Plague in India, 1896, 1897 - Volume 2
Year: 1896
Disease focus: Plague
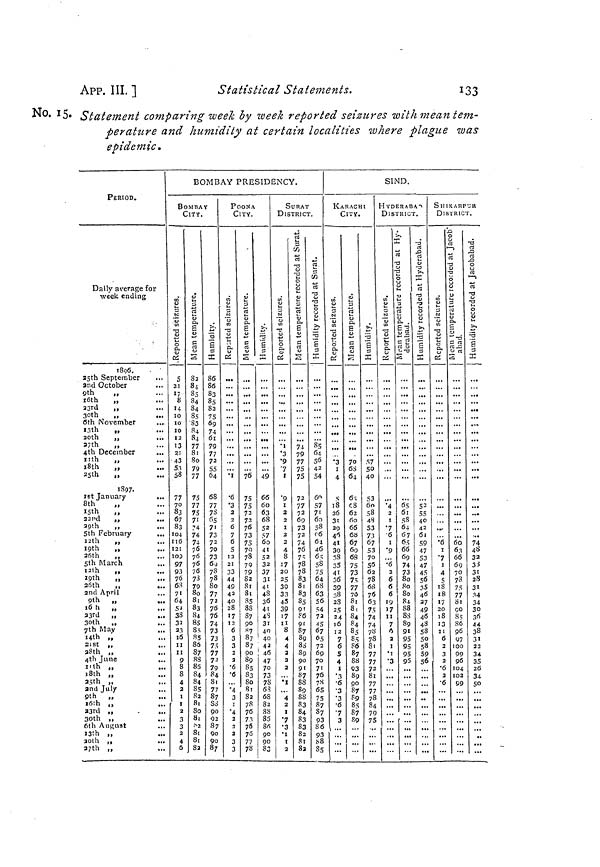
App. III. ]
Statistical Statements,
133
No. 15. Statement comparing week by week reported seizures with mean tem-
perature and humidity at certain localities where plague was
epidemic.
PERIOD.
Daily average for
week ending
1896.
25th September
•••
2nd October
i6th
„
23rd
,,
30th
„
...
6th November
13th
„
...
20th
„
27th
„
4th December
11h „
i8th
„
25th
„
1897.
ist January
...
8th
„
I5th
,,
22nd
,,
29th
,,
...
5th February
...
i2th
„
19th „
26th
„
5th March
I2th
,,
19th
„
26th
,,
2nd April
9th „
16th „
23 r d ,)
...
3oth ,,
7th May
...
14th ,',
2ist ,,
...
28th „
4th June
...
ilth „
18th „
25th „
2nd July
9th „
16th „
23rd „
30th ,,
6th August
1 3th ,',
20th
M
27th ,,
BOMBAY PRESIDENCY.
BOMBAY
CITY.
s
21
8
14
IO
IO
10
12
13
2i
43
53
58
77
70
83
67
83
104
116
121
109
97
93
7o
63
71
64
54
38
33
2.3
16
II
II
9
8
8
4
2
!
I
2
3
3
2
4
6
82
84
84
84
85
83
84
84
77
81
8o
79
77
75
77
75
71
74
74
74
76
76
76
76
73
79
8o
81
83
84
85
85
85
86
87
88
85
84
84
85
82
81
80
81
• S 2
81
81
81
86
86
83
85
82
75
69
74
61
79
77
72
55
64
68
77
73
65
7i
73
72
70
73
6g
78 So
77
73
76
76
74
73
73
7Í
77
72
79
84
Si
77
87
88
90
92
87
9o
9o
87
POONA
CITY.
•I
•6
•3
2
2
6
7
6
S
12
21
33
44
49
42
40
28
'7
12
6
3
2
2
•6
•6
'4
3
i
'4
2
2
2
3
3
76
75
75
73
72
76
73
75
70
78
79
79
82
Si
Si
85
8S
87
90
«7
8?
87
90
89
SS
83
8o
Si
82
78
76
71
76
76
77
78
49
66
60
63
68
52
57
60
41
52
32
37
31
4l
48
36
4t
4*5
3i
40
40
42
I 46
47
70
73
78
6S
68
82
88
85
86
90
90
S3
SURAT
DISTRICT.
•I
•3
•9
'7
1
'9
i
2
2
I
2
2
4
8
17
20
25
39
33
4.5
39
17
II
8
¿
¿
•l
4
2
I
•i
2
74
79
77
75
75
73
77
72
69
73
72
74
7Ö
77
8
78
83
81
83
85
9'
Pô
91
s?
89
Sa
89
90
91
87
88
89
88
83
84
83
S3
82
8l
8l
«S
64
56
42
54
6 n
57
7t
60
58
f-6
64
46
6=;
58
75
64
68
63
56
S4
72
45
67
05
72
6g
70
71
76
yX
65
75
87
87
93
86
93
88
85
SIND.
KARACHI
CITY.
•3
I
4
t;
18
26
31
29
46
4>
39
38
35
41
36
39
38
28
25
24
16
12
6
4
i
•6
•Í
70
6S
64
6-
f.8
62
fio
66
6«
67
69
63
75
73
7S
77
70
81
8,
S4
84
85
ST
86
87
88
93
89
87
S9
85
87
S9
S7
50
40
53
60
58
48
53
73
67
53
70
56
62
78
68
76
6l
75
74
74
7'
S
7
7
7
8
7
78
8
7
7
HYDERABAd
DISTRICT.
•4
2
I
•7
•6
I
•9
'•6
6
6
6
19
17
II
7
0
3
I
M
•3
... 1 '"
6S
61
58
6.1
67
6=;
66
69
74
73
So
So
So
84
88
8S
89
91
95
95
95
95
S 3
55
40
42
61
59
47
53
47
45
56
15
46
27
49
46
48
53
50
5»
59
56
SHIKARPUR
DISTRICT.
•6
I
'7
I
4
5
18
18
17
20
l8
i;
ii
6
•6
•6
60
63
G6
69
70
73
75
77
81
CO
8s
86
96
97
100
99
96
104
102
99
74
4S
32
33
1
28
31
.-?4
34
30
36
44
38
31
22
34
35
26
34
50~